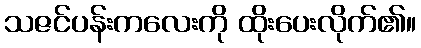
သဇင်ပန်းကလေးကို ထိုးပေးလိုက်၏။